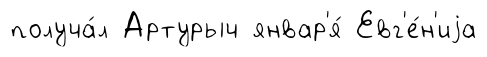
получа́л Артурыч январ'я́ Евг'е́н'иjа